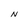
Character: N